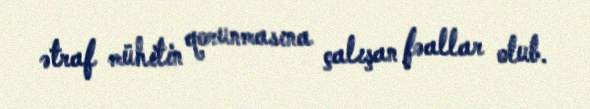
ətraf mühitin qorunmasına çalışan fəallar olub.